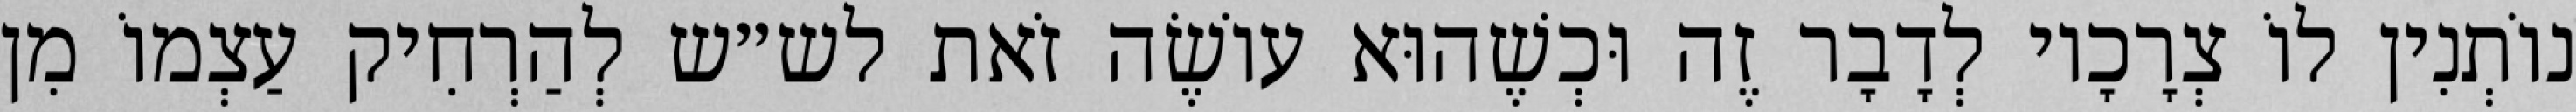
נוֹתְנִין לוֹ צְרָכָיו לְדָבָר זֶה וּכְשֶׁהוּא עוֹשֶׂה זֹאת לש״ש לְהַרְחִיק עַצְמוֹ מִן